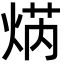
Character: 焫